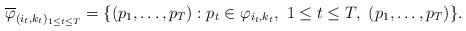
LaTeX: \begin{align*}\overline{\varphi}_{(i_{t},k_{t})_{1\leq t\leq T}}=\{(p_{1},\ldots,p_{T}): p_{t}\in \varphi_{i_{t},k_{t}}, \ 1\leq t\leq T, \ (p_{1},\ldots,p_{T}) \}.\end{align*}